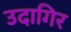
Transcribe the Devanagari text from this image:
उदागिर